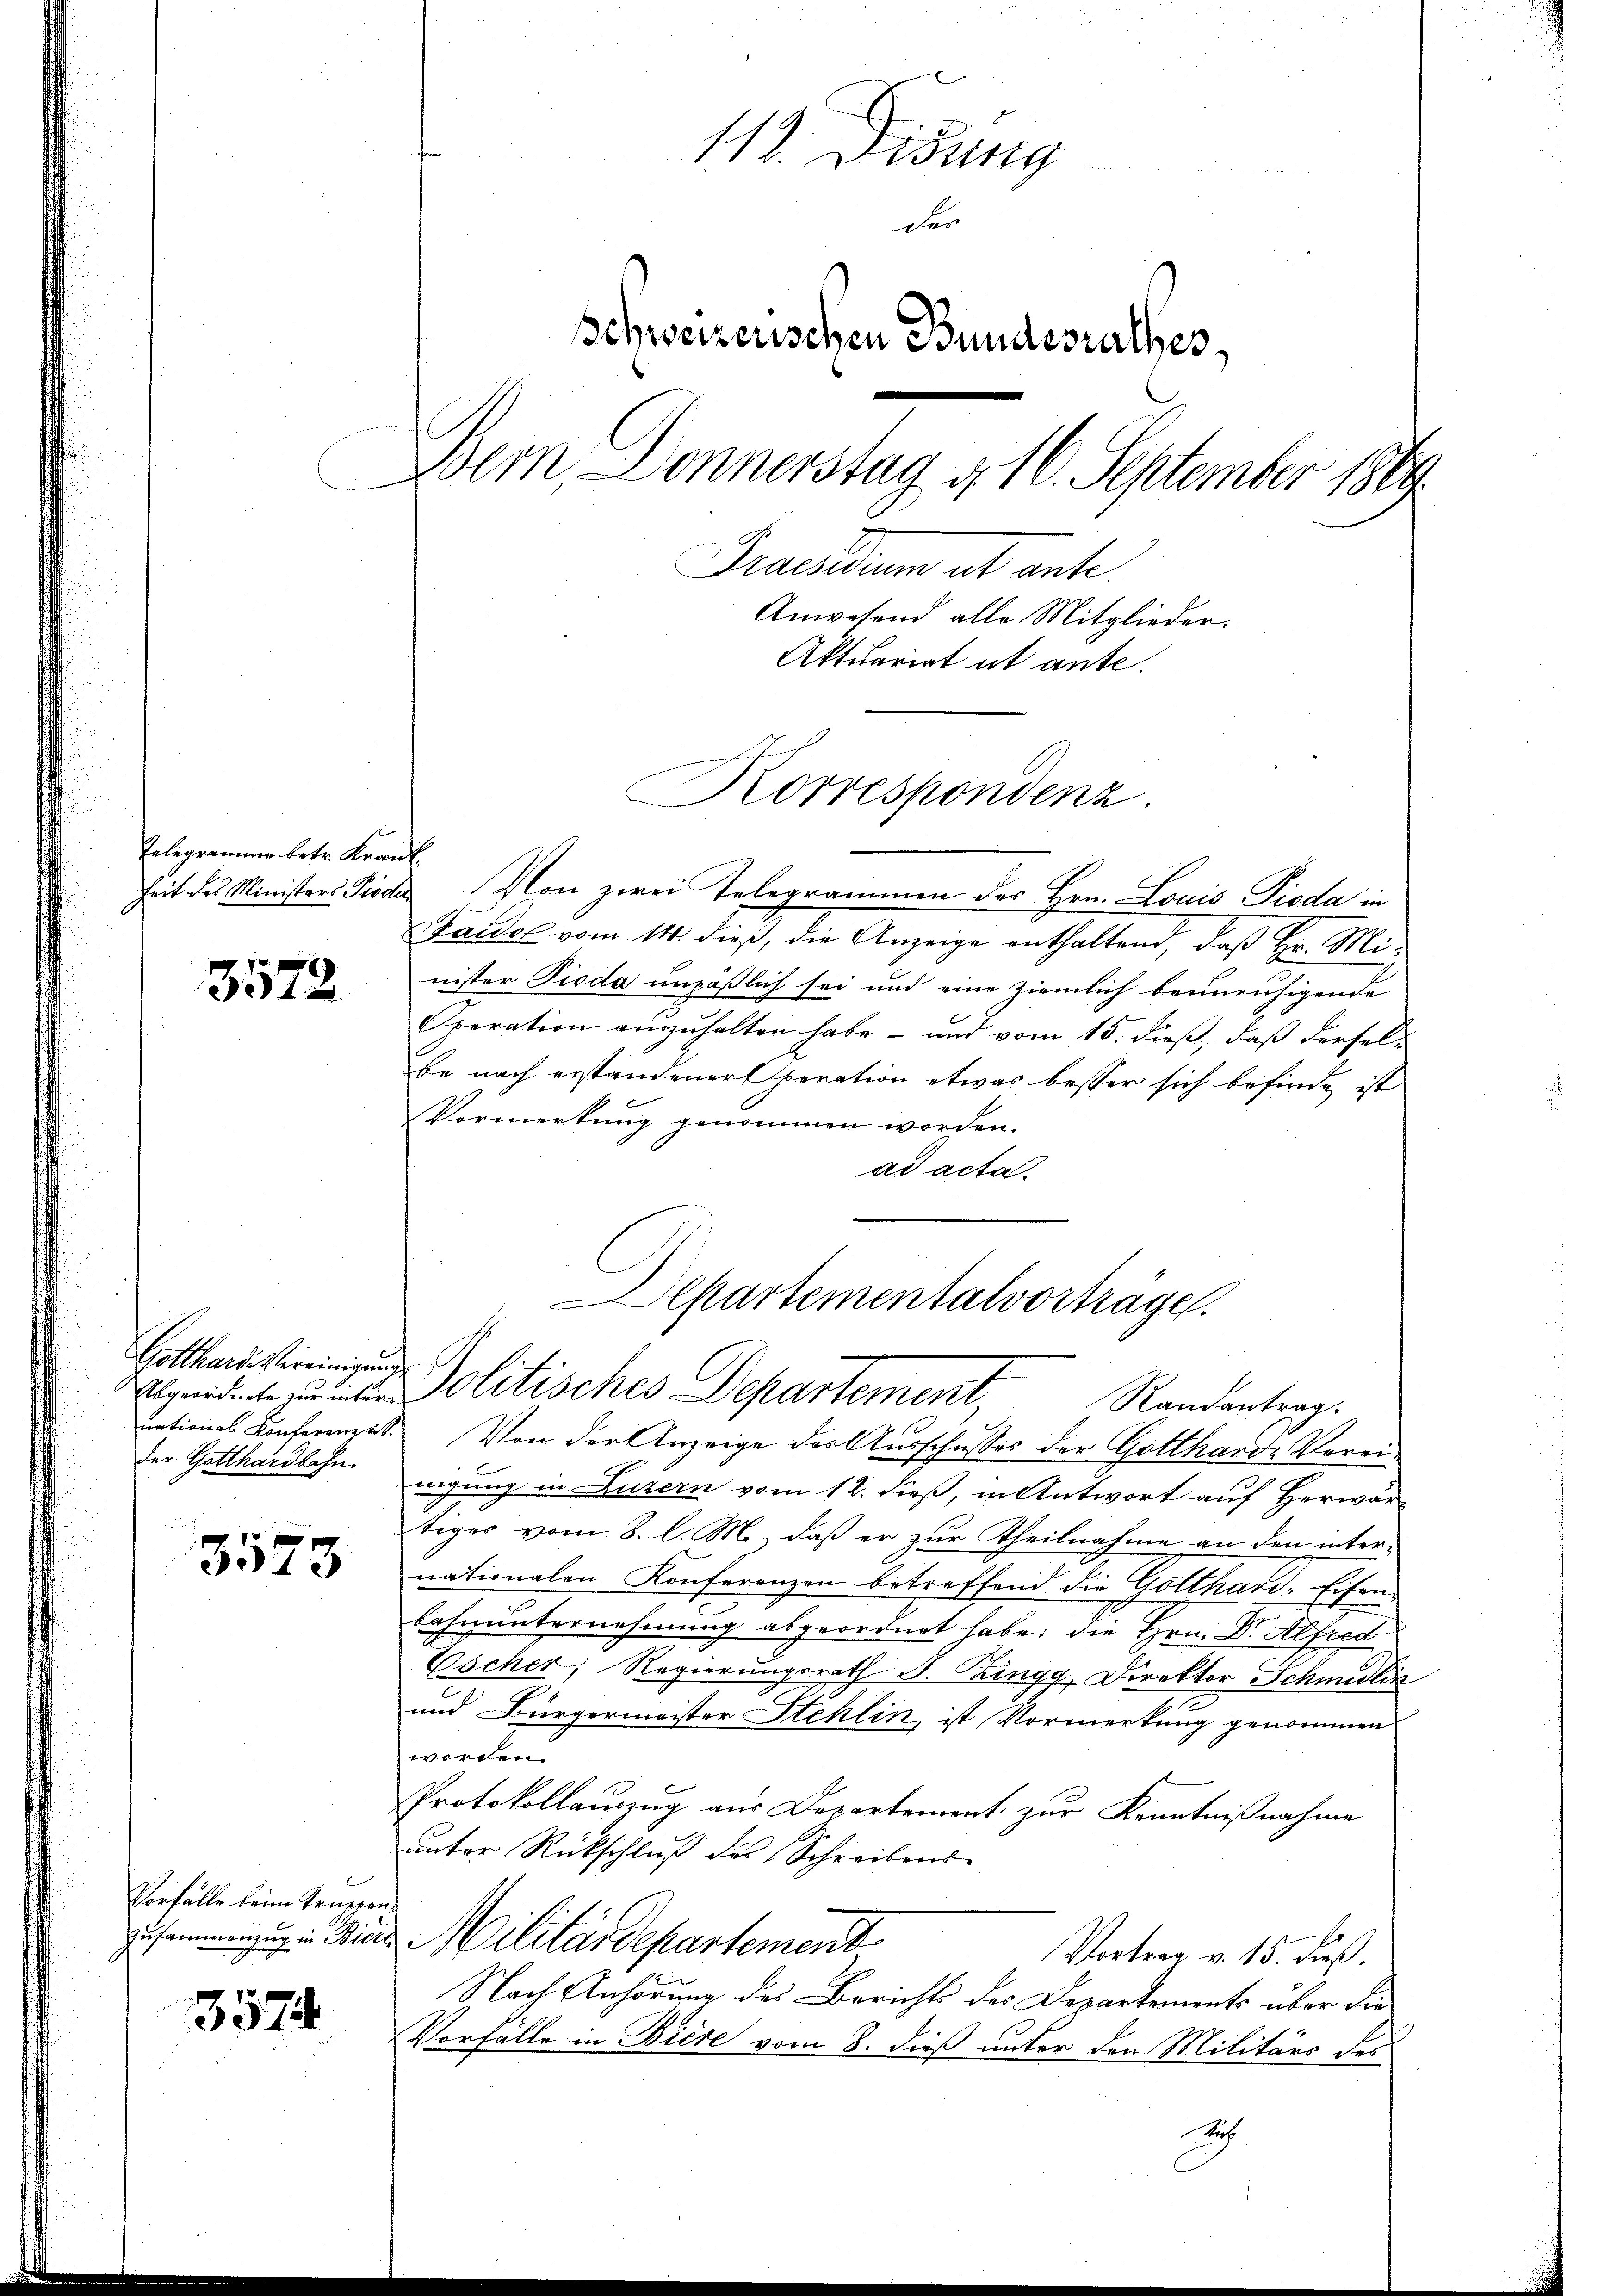
Telegramme betr. Krank

3572

Gotthard vereinigung
der Gotthardbahn

.
3523

Vorfälle beim Truppen¬
Zusammenzug in Biete

3574

11. Weisung
der
Schweizerischen Bundesrathes,
Bern, Donnerstag d. 10. September 1864.
Praesidium et ante.
Anwesend alle Mitglieder.
Aktuariat ut ante.
Korrespondenz.

heit des Ministers Pioda. Von zwei Telegrammen des Hrn. Louis Pioda in
Faidol vom 14. dieß, die Anzeige enthaltend, daß Hr. Minister Pioda unpäßlich sei und eine ziemlich beunruhigende
Speration aŭszŭhalten habe - und vom 15. dieβ, daβ dersel-
be nach erstandener peration etwas besser sich befinde ist
Vormerkung genommen worden.
ad acta.
nationes Konferenze. Von der Anzeige der Ausschusses der Gottharde Vereinigung in Luzern vom 12. dieß, in Antwort auf Herwärtiges vom 8. l. M., daß er zur Theilnahme an den internationalen Konferenzen betreffend die Gotthard-Eisen
bahnunternehmung abgeordnet habe; die Hrn. Dr. Alfred
Wocher, Regierungsrath J. Ringg, Direktor Schmidlin
und Bürgermeister Stehlin, ist Vormerkung genommen
worden.
Protokollauszug aus Departement zur Kenntnißnahme
unter Rückschluß des Schreibens¬
Militärdepartement
Vortrag v. 15. dieß.
Nach Anhörung des Berichts des Departements über die
Vorfälle in Biere vom 8. dieß unter den Militärs des
Dich

Departementalvorträge.
pedite der Politisches Departement, Randantrag.